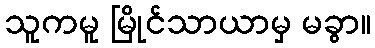
သူကမူ မြိုင်သာယာမှ မခွာ။